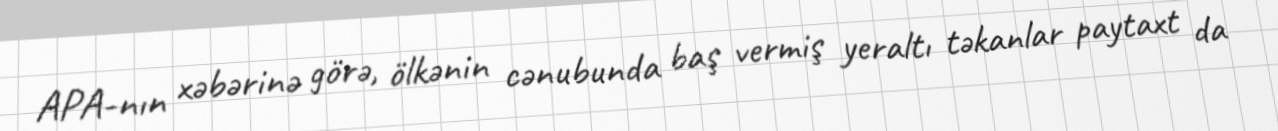
APA-nın xəbərinə görə, ölkənin cənubunda baş vermiş yeraltı təkanlar paytaxt da